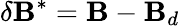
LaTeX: \delta\mathbf{B}^{*}=\mathbf{B}-\mathbf{B}_{d}